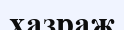
хазраж